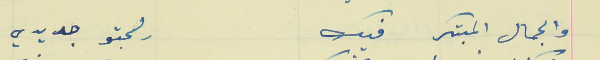
والجمال المبتكر فيك                                              رهجتو جديدي